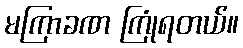
မကြာခဏ ကြုံရတယ်။